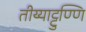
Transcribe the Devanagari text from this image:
तीय्याट्टुण्णि